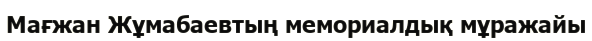
Мағжан Жұмабаевтың мемориалдық мұражайы